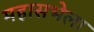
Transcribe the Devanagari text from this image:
महासभेला